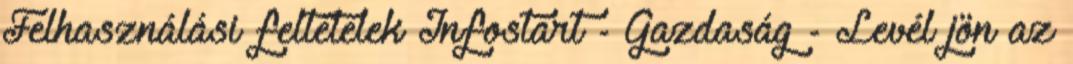
Felhasználási feltételek Infostart - Gazdaság - Levél jön az